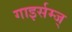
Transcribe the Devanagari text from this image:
गाइर्सम्ज्